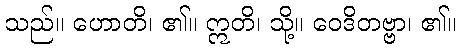
သည်။ ဟောတိ၊ ၏။ ဣတိ၊ သို့။ ဝေဒိတဗ္ဗာ၊ ၏။